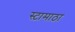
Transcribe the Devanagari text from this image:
स्टामाठा